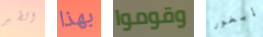
الطير بهذا وقوموا إيغور